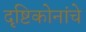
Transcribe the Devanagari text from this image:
दृष्टिकोनांचे